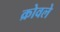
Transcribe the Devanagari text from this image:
क्रोवले